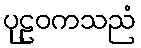
ပုဠဝကသညံ